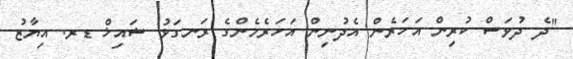
"ދެ ދުވަސް ކުރިން އަހަރެން އެދުނިން އަހަރެމެންގެ ރަނގަޅު ޝައިޚް ޑރ. އިޔާޒު